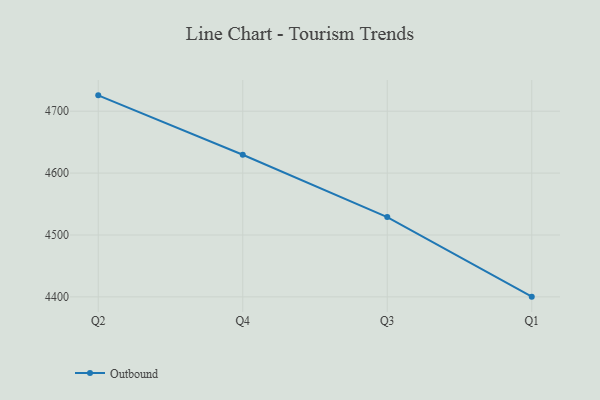
{"axis": {"x": "Quarter", "y": "Shipments"}, "legend": ["Outbound"], "data": [{"x": "Q2", "y": 4725.6, "type": "Outbound"}, {"x": "Q4", "y": 4629.7, "type": "Outbound"}, {"x": "Q3", "y": 4529.0, "type": "Outbound"}, {"x": "Q1", "y": 4400.4, "type": "Outbound"}]}